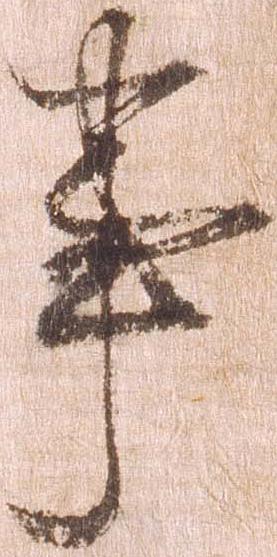
事